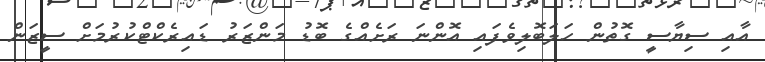
އާއި ސިޔާސީ ގޮތުން ހަލަބޮލިވެފައި އޮންނަ ރަށެއްގެ ބޮޑު މަންޒަރު ޑައިރެކްޓްކުރުމަށް ސީޒަން